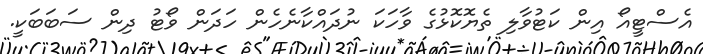
އެސްޓީއޯ އިން ކަޓުވާލި ތެޔޮކޮޅުގެ ވާހަކަ ނުދައްކާނެހެން ހަދަން ވޯޓު ދިން ސަބަބަކީ.